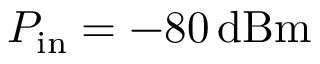
P _ { \mathrm { i n } } = - 8 0 \, \mathrm { d B m }